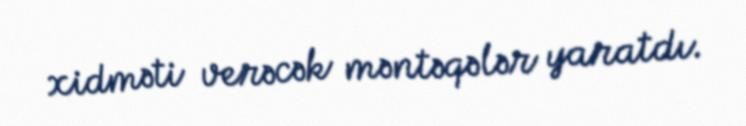
xidməti verəcək məntəqələr yaratdı.